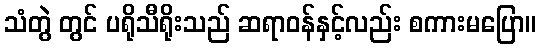
သံတွဲ တွင် ပရိုသီရိုးသည် ဆရာဝန်နှင့်လည်း စကားမပြော။